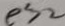
e ^ { 2 } > 2